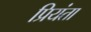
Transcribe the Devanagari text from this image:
प्रियंता